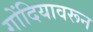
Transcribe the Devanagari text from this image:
गोंदियावरून